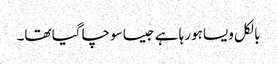
بالکل ویسا ہورہا ہے جیسا سوچا گیا تھا۔